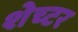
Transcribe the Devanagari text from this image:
शेच्टर